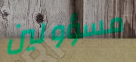
مسؤولين